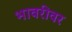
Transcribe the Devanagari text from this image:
भावरीवर